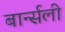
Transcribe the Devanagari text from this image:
बार्न्सली